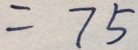
= 7 5